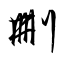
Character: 刪